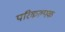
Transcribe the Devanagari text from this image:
परिकल्पक